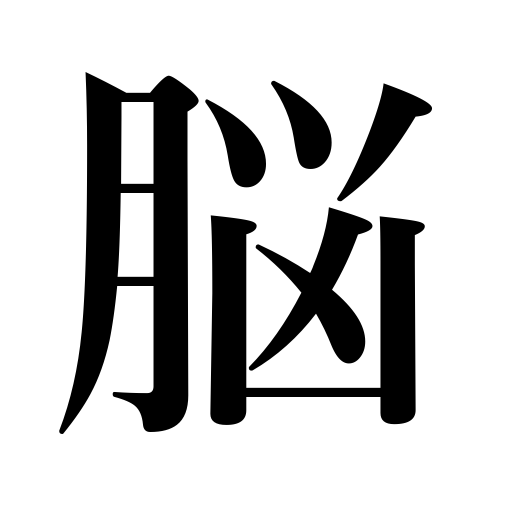
Meanings: memory,brain